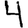
Digit: 4